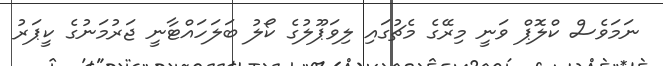
ނަމަވެސް ކްލޮޕް ވަނީ މިރޭގެ މެޗުގައި ލިވަޕޫލުގެ ކޯލު ބަލަހައްޓާނީ ޖަރުމަނުގެ ކީޕަރު